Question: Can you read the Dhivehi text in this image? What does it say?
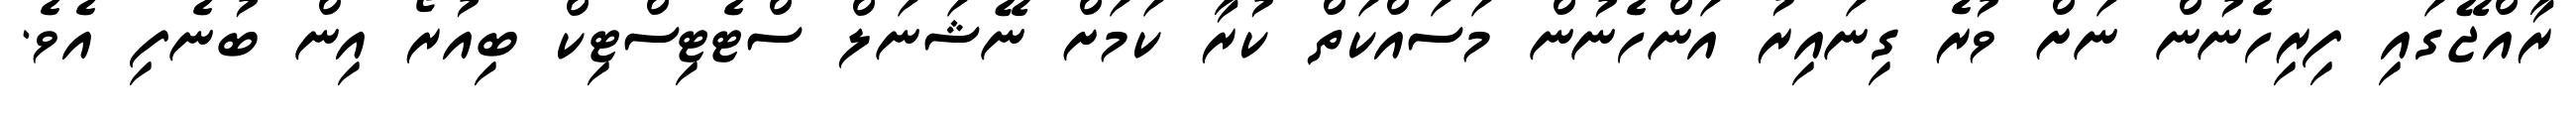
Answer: ރާއްޖޭގައި ފިރިހެނުން ނަށް ވުރެ ގިނައިރު އަންހެނުން މަސައްކަތް ކުރާ ކަމަށް ނޭޝަނަލް ސްޓެޓިސްޓިކް ބިއުރޯ އިން ބުނެފި އެވެ.